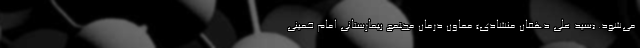
می‌شود. «سید علی دهقان منشادی» معاون درمان مجتمع بیمارستانی امام خمینی